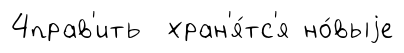
4прав'ить хран'я́тс'я но́выjе